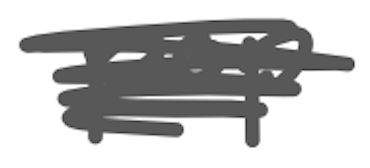
Text: pop
Cross-out: scratch
Writing tool: digital_gray